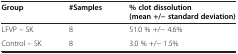
| Group | #Samples | % clot dissolution (mean +/− standard deviation) |
 | --- | --- | --- |
 | LFVP – SK | 8 | 51.0 % +/− 4.6% |
 | Control – SK | 8 | 3.0 % +/− 1.5% |